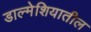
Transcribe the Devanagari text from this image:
डाल्मेशियातील